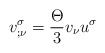
\begin{align*}v_{;\nu }^{\sigma }=\frac{\Theta }{3}v_{\nu }u^{\sigma } \end{align*}